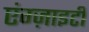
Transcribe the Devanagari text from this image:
एंग्ज़ाइटी